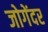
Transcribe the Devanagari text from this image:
जोगेंदर